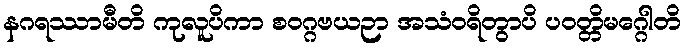
နဂရဿာမီတိ ကုလူပိကာ စဝဂ္ဂဗယဉာ အသံဝရိတွာပိ ပဝတ္တိမဂ္ဂေါတိ